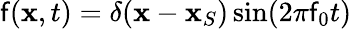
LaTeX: \mathsf{f}(\mathbf{{x}},t)=\delta(\mathbf{{x}}-\mathbf{{x}}_{S})\sin(2\pi\mathsf{f}_{0}t)